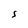
Character: S